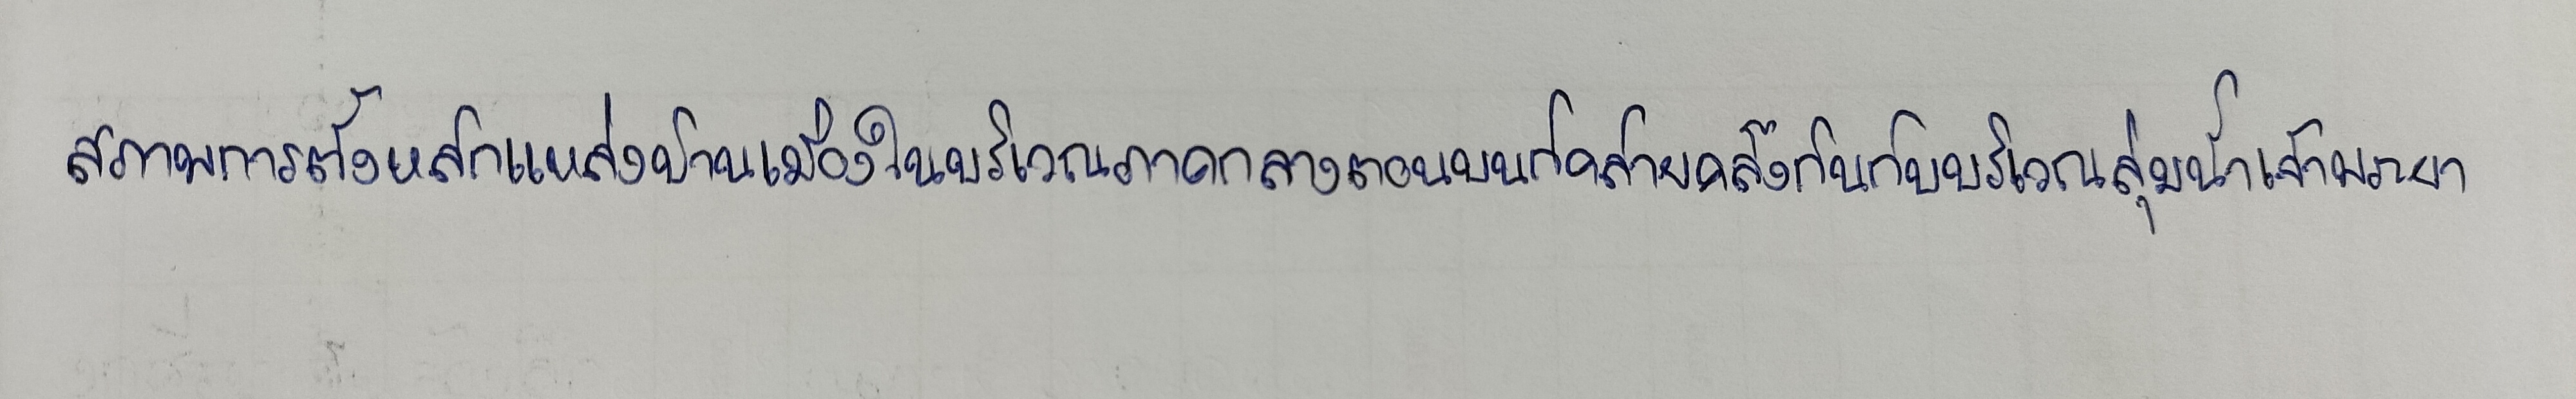
สภาพการตั้งหลักแหล่งบ้านเมืองในบริเวณภาคกลางตอนบนก็คล้ายคลึงกันกับบริเวณลุ่มน้ำเจ้าพระยา